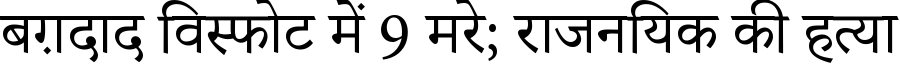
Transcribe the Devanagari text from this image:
बग़दाद विस्फोट में 9 मरे; राजनयिक की हत्या